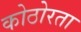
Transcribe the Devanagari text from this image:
कोठोरता